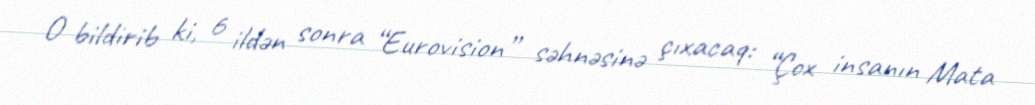
O bildirib ki, 6 ildən sonra “Eurovision” səhnəsinə çıxacaq: “Çox insanın Mata